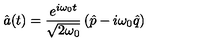
\hat { a } ( t ) = \frac { { e } ^ { i \omega _ { 0 } t } } { \sqrt { 2 \omega _ { 0 } } } \left( \hat { p } - i \omega _ { 0 } \hat { q } \right)